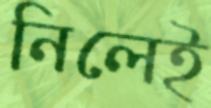
নিলেই